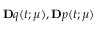
\ensuremath { \mathbf Ḋ q Ḍ } ( t ; \ensuremath { \boldsymbol Ḋ \mu Ḍ } ) , \ensuremath { \mathbf Ḋ p Ḍ } ( t ; \ensuremath { \boldsymbol Ḋ \mu Ḍ } )